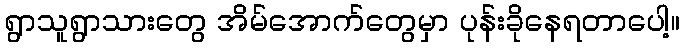
ရွာသူရွာသားတွေ အိမ်အောက်တွေမှာ ပုန်းခိုနေရတာပေါ့။